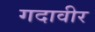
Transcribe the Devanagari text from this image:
गदावीर